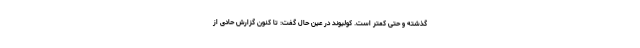
گذشته و حتی کمتر است. کولیوند در عین حال گفت: تا کنون گزارش حادی از